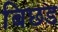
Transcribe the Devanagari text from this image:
बिछड